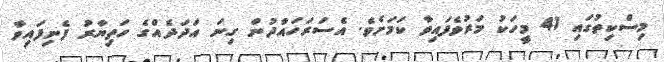
މިސްކިތުގައި 41 މީހަކު މަރުވެފައިވާ ކަމަށެވެ. އެސަރަހައްދުން ގިނަ އަދަދެއްގެ ހަތިޔާރު ފެނިފައިވާ